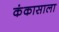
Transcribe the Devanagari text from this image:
कंकासाला